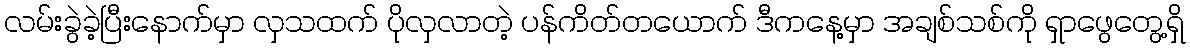
လမ်းခွဲခဲ့ပြီးနောက်မှာ လှသထက် ပိုလှလာတဲ့ ပန်ကိတ်တယောက် ဒီကနေ့မှာ အချစ်သစ်ကို ရှာဖွေတွေ့ရှိ